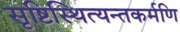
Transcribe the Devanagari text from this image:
सृष्टिस्थित्यन्तकर्मणि